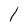
Character: l